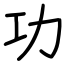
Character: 功